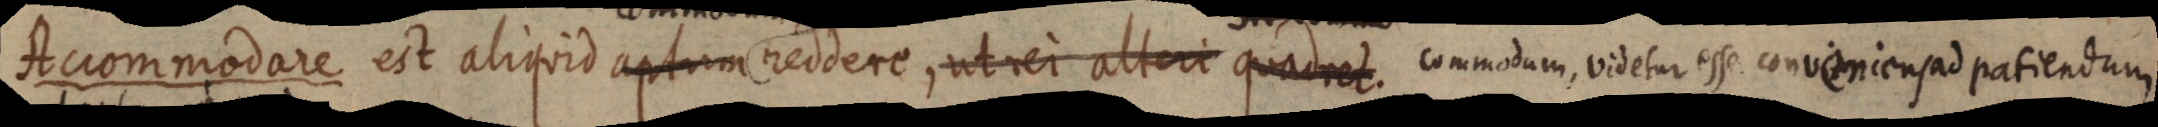
Accommodare est aliquid aptum reddere, ut rei alteri quadret. commodum, videtur esse conveniensad patiendum